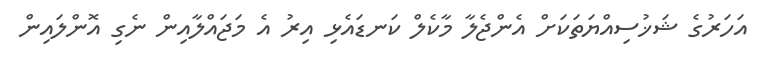
އަހަރުގެ ޝަޚުސިއްޔަތަކަށް އެންޖެލާ މާކެލް ކަނޑައެޅި އިރު އެ މަޖައްލާއިން ނެގި އޮންލައިން